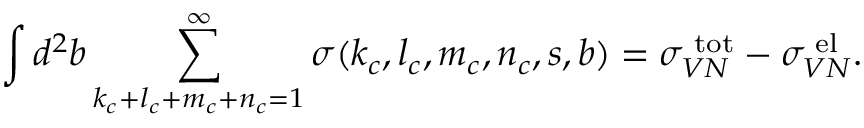
\int d ^ { 2 } b \sum _ { k _ { c } + l _ { c } + m _ { c } + n _ { c } = 1 } ^ { \infty } \sigma ( k _ { c } , l _ { c } , m _ { c } , n _ { c } , s , b ) = \sigma _ { V N } ^ { \mathrm { \scriptsize ~ t o t } } - \sigma _ { V N } ^ { \mathrm { \scriptsize ~ e l } } .